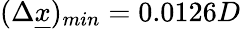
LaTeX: (\Delta\underline{{x}})_{min}=0.0126D